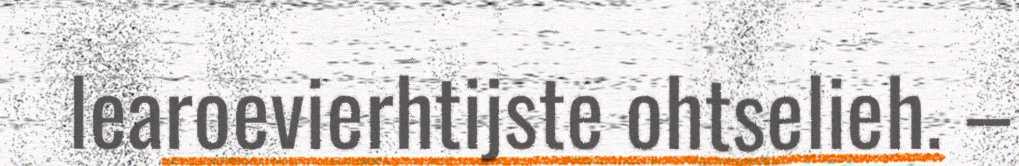
learoevierhtijste ohtselieh. –